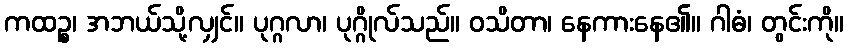
ကထဉ္စ၊ အဘယ်သို့လျှင်။ ပုဂ္ဂလာ၊ ပုဂ္ဂိုလ်သည်။ ဝသိတာ၊ နေကားနေ၏။ ဂါဓံ၊ တွင်းကို။